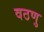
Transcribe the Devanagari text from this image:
वठणु